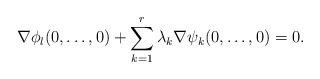
LaTeX: \begin{align*}\nabla\phi_l(0,\dots,0)+\sum\limits_{k=1}^r \lambda_k\nabla\psi_{k}(0,\dots,0)=0.\end{align*}